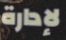
لإدارة